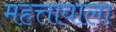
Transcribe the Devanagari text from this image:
महत्तावाला